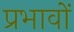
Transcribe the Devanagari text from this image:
प्रभावोें